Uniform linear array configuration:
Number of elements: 24
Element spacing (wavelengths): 0.5
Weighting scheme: hamming
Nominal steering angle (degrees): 30
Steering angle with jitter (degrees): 29.534
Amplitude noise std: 0.05
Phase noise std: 0.05

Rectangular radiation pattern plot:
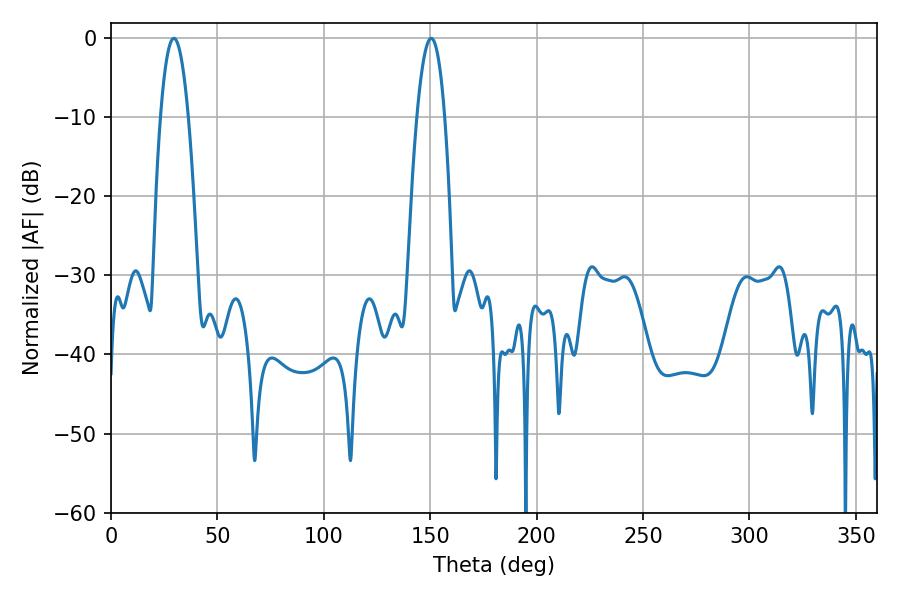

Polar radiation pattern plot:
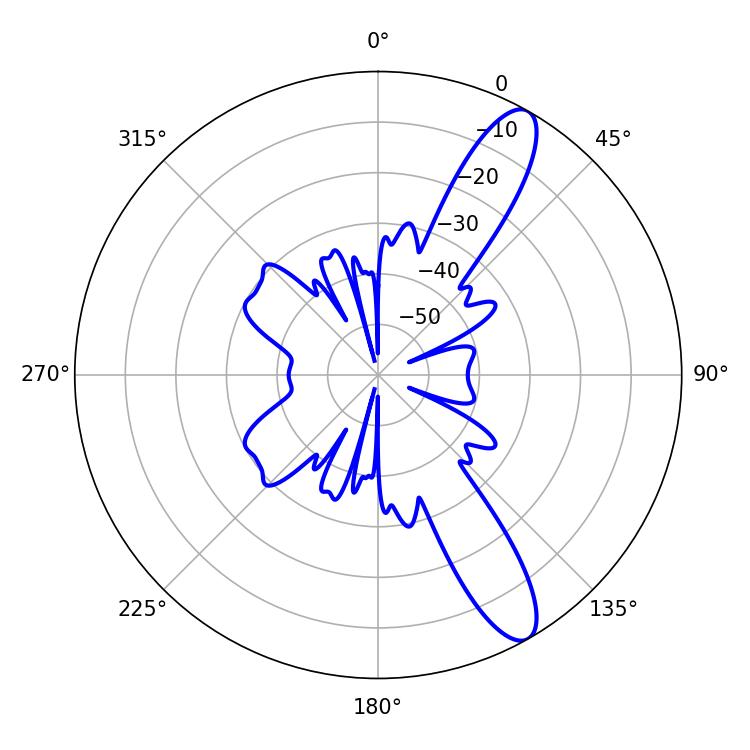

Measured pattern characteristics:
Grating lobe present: FALSE
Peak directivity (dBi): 11.757
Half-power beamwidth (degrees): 7.2
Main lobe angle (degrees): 29.52